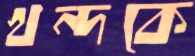
খন্দকে